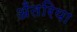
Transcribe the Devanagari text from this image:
अँतरिया